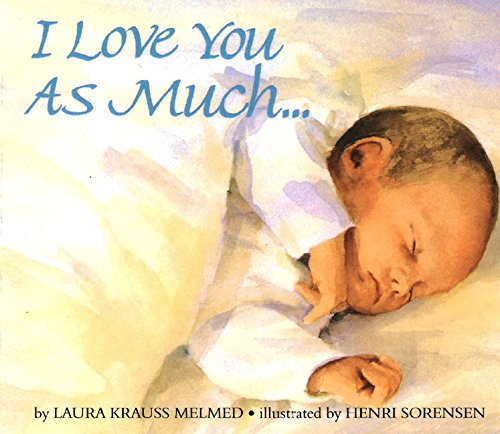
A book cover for I Love You As Much...; Laura Krauss Melmed; Children's Books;